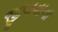
જીવવાના